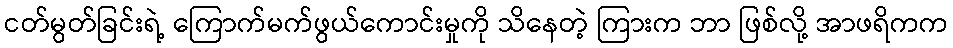
ငတ်မွတ်ခြင်းရဲ့ ကြောက်မက်ဖွယ်ကောင်းမှုကို သိနေတဲ့ ကြားက ဘာ ဖြစ်လို့ အာဖရိကက